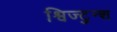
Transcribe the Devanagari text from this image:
श्विज्टुन्श